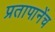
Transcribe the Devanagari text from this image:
प्रतापानेंच